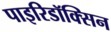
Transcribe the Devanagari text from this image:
पाइरिडॉक्सिन